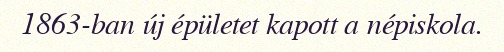
1863-ban új épületet kapott a népiskola.